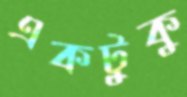
একটুকু